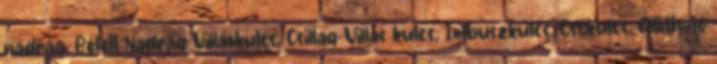
nadrág, Bélelt Nadrág Villáskulcs, Csillag-Villás kulcs, Imbuszkulcs, Csőkulcs, Állítható